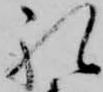
礼